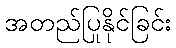
အတည်ပြုနိုင်ခြင်း